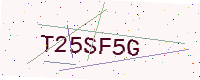
Text: T25SF5G